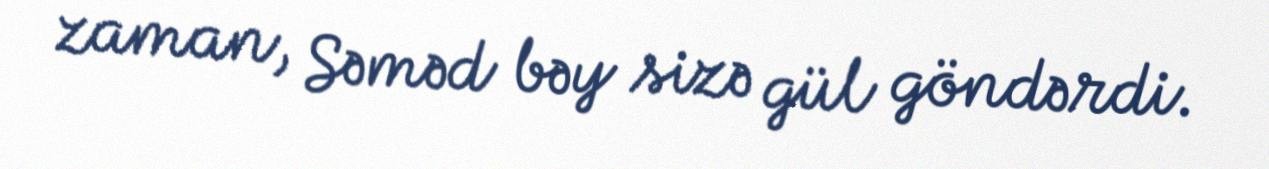
zaman, Səməd bəy sizə gül göndərdi.